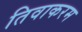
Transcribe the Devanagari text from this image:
तिवाकरम